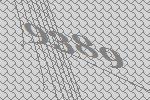
9389